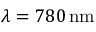
\lambda = 7 8 0 \, \mathrm { n m }